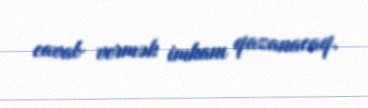
cavab vermək imkanı qazanacaq.